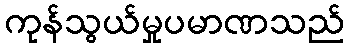
ကုန်သွယ်မှုပမာဏသည်